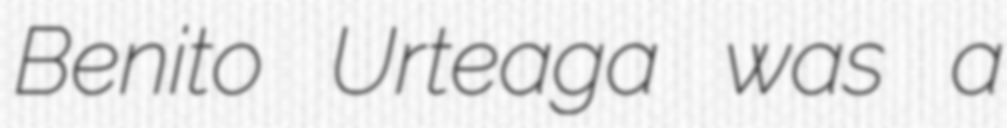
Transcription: Benito Urteaga was a